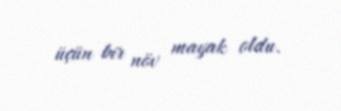
üçün bir növ mayak oldu.